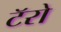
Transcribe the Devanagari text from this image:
टॅरो